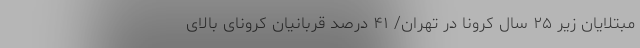
مبتلایان زیر ۲۵ سال کرونا در تهران/ ۴۱ درصد قربانیان کرونای بالای